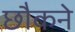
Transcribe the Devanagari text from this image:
छौकने